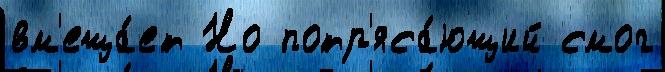
вм'еща́ет Но потр'яса́ющий смог